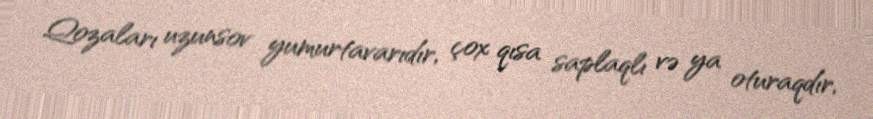
Qozaları uzunsov yumurtavarıdır, çox qısa saplaqlı və ya oturaqdır,